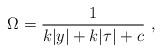
LaTeX: \begin{align*}\Omega = {1\over\displaystyle {k|y| + k |\tau| +c}} ~,~\,\end{align*}